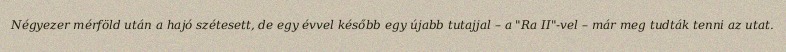
Négyezer mérföld után a hajó szétesett, de egy évvel később egy újabb tutajjal – a "Ra II"-vel – már meg tudták tenni az utat.